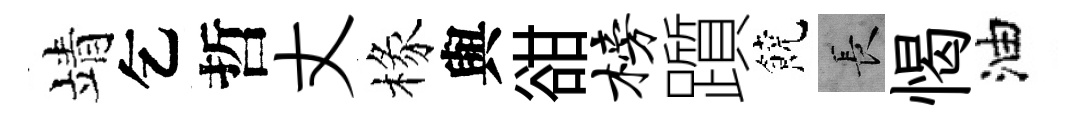
靖乞哲丈椽與𧮳榜躓饒长愒油